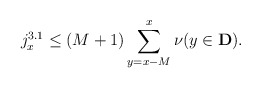
\begin{align*}j_{x}^{3.1}\le(M+1)\sum_{y=x-M}^{x}\nu(y\in\mathbf{D}).\end{align*}